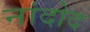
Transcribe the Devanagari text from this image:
नांदोद